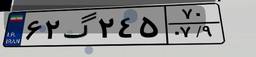
۶۲گ۲۴۵۷۰